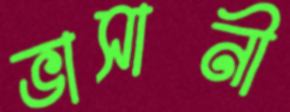
ভাসানী